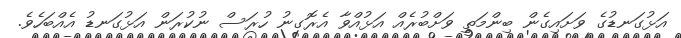
އަޅުގަނޑުގެ ވަށައިގެން ބިންމަތީ ވަށްބުރެއް އަޅުއްވާ އެރޮގނު ހުރަސް ނުކުރަން އަޅުގަނޑު އެއްބަހެވެ.